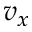
v _ { x }